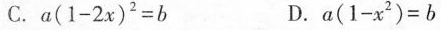
C.$$a ( 1 - 2 x ) ^ { 2 } = b$$ D.$$a ( 1 - x ^ { 2 } ) = b$$